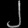
Digit: ၂